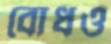
বোধও